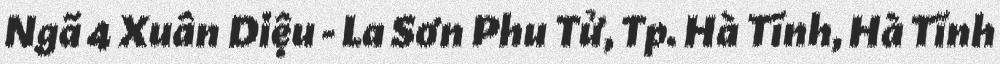
Ngã 4 Xuân Diệu - La Sơn Phu Tử, Tp. Hà Tĩnh, Hà Tĩnh